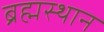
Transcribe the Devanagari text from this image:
ब्रह्मस्थान